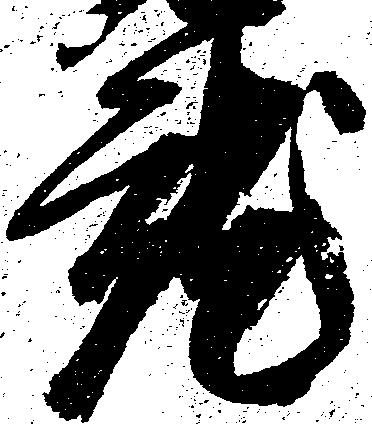
就